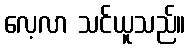
လေ့လာ သင်ယူသည်။